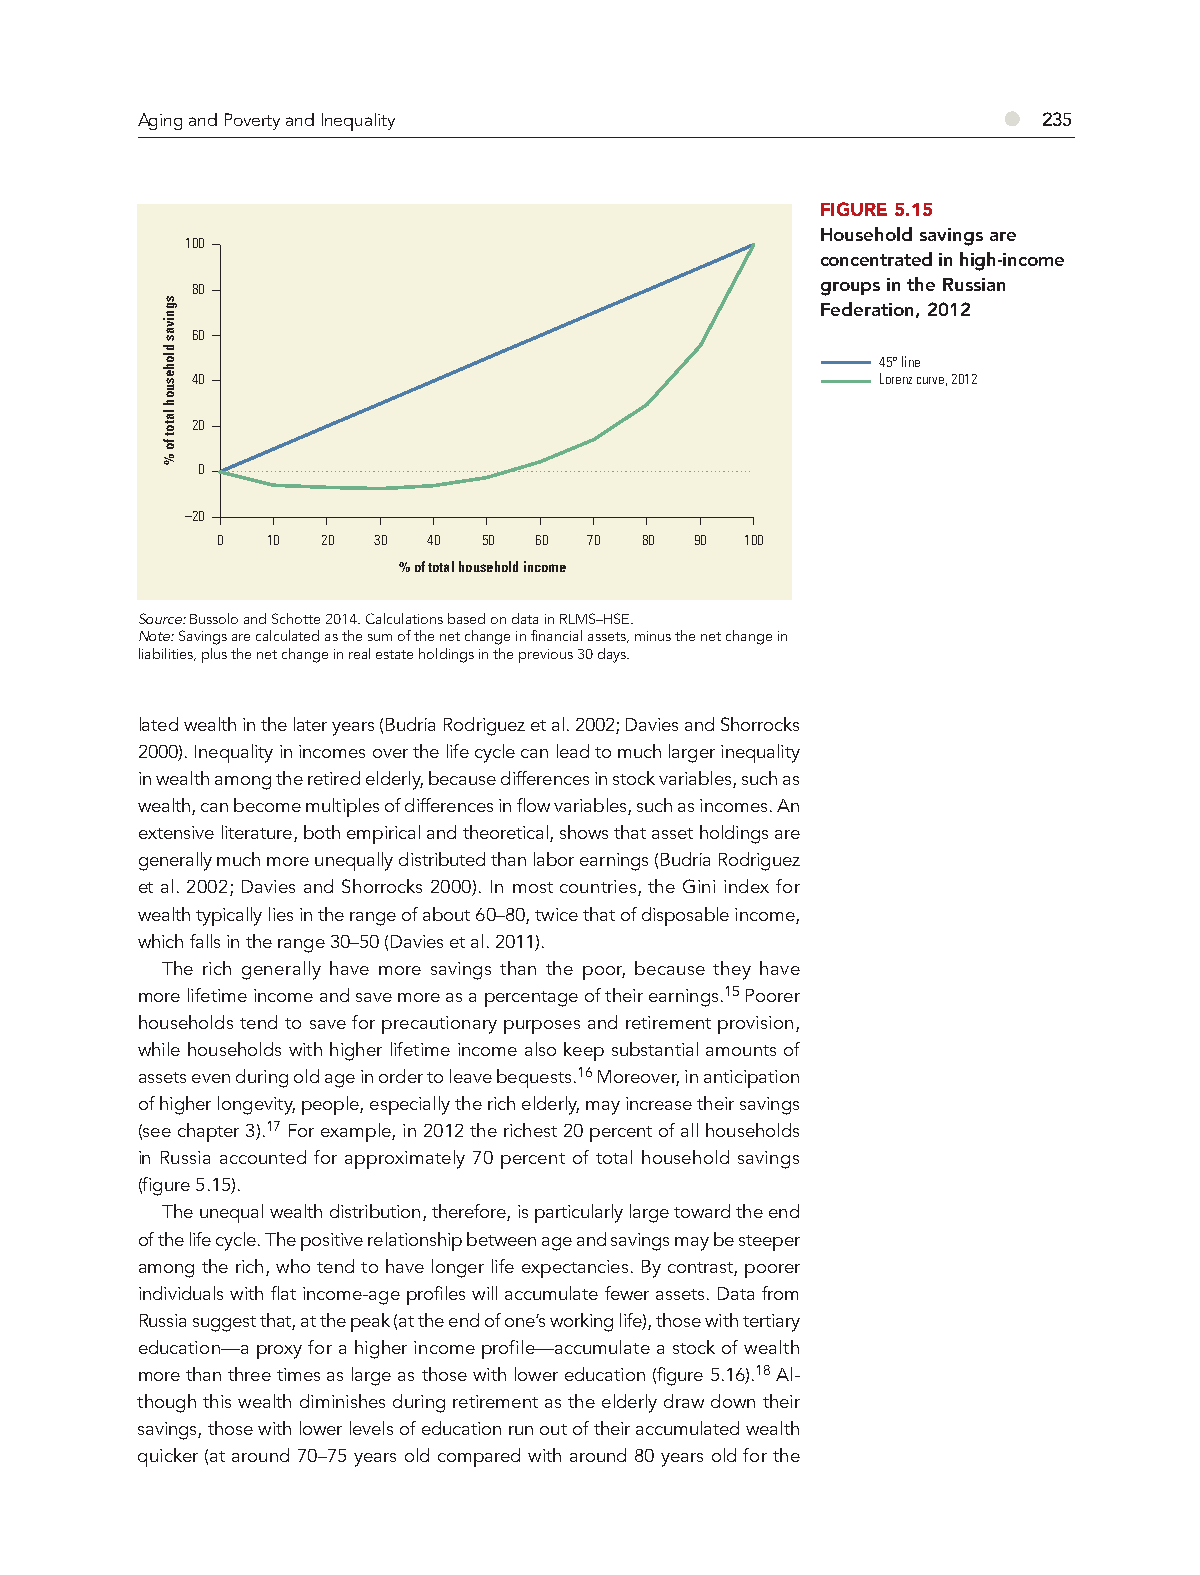
Aging and Poverty and Inequality                         ●  235
 FIGURE 5.15
 Household savings are
 100
 concentrated in high-income
 80                                       groups in the Russian
 Federation, 2012
 60
 45° line
 40                                           Lorenz curve, 2012
 20
 0
 –20
 0   10 20  30 40  50 60  70 80  90 100
 % of total household income
 Source: Bussolo and Schotte 2014. Calculations based on data in RLMS–HSE.
 Note: Savings are calculated as the sum of the net change in financial assets, minus the net change in
 liabilities, plus the net change in real estate holdings in the previous 30 days.
 lated wealth in the later years (Budría Rodriguez et al. 2002; Davies and Shorrocks
 2000). Inequality in incomes over the life cycle can lead to much larger inequality
 in wealth among the retired elderly, because differences in stock variables, such as
 wealth, can become multiples of differences in flow variables, such as incomes. An
 extensive literature, both empirical and theoretical, shows that asset holdings are
 generally much more unequally distributed than labor earnings (Budría Rodriguez
 et al. 2002; Davies and Shorrocks 2000). In most countries, the Gini index for
 wealth typically lies in the range of about 60–80, twice that of disposable income,
 which falls in the range 30–50 (Davies et al. 2011).
 The rich generally have more savings than the poor, because they have
 more lifetime income and save more as a percentage of their earnings.15 Poorer
 households tend to save for precautionary purposes and retirement provision,
 while households with higher lifetime income also keep substantial amounts of
 assets even during old age in order to leave bequests.16 Moreover, in anticipation
 of higher longevity, people, especially the rich elderly, may increase their savings
 (see chapter 3).17 For example, in 2012 the richest 20 percent of all households
 in Russia accounted for approximately 70 percent of total household savings
 (figure 5.15).
 The unequal wealth distribution, therefore, is particularly large toward the end
 of the life cycle. The positive relationship between age and savings may be steeper
 among the rich, who tend to have longer life expectancies. By contrast, poorer
 individuals with flat income-age profiles will accumulate fewer assets. Data from
 Russia suggest that, at the peak (at the end of one’s working life), those with tertiary
 education—a proxy for a higher income profile—accumulate a stock of wealth
 more than three times as large as those with lower education (figure 5.16).18 Al-
 though this wealth diminishes during retirement as the elderly draw down their
 savings, those with lower levels of education run out of their accumulated wealth
 quicker (at around 70–75 years old compared with around 80 years old for the
 sgnivas
 dlohesuoh
 latot
 fo
 %